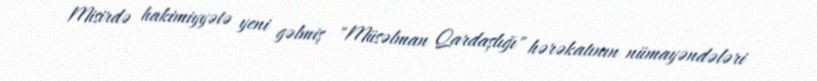
Misirdə hakimiyyətə yeni gəlmiş "Müsəlman Qardaşlığı" hərəkatının nümayəndələri